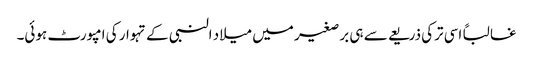
غالباً اسی ترکی ذریعے سے ہی برصغیر میں میلاد النبی کے تہوار کی امپورٹ ہوئی۔